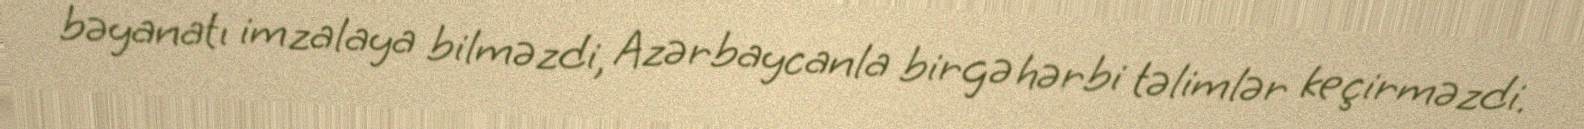
bəyanatı imzalaya bilməzdi, Azərbaycanla birgə hərbi təlimlər keçirməzdi.